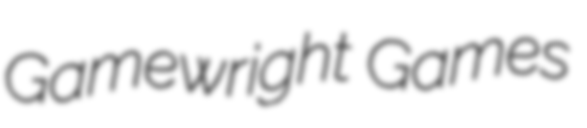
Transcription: Gamewright Games